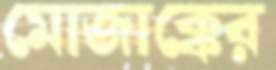
মোজাক্কের